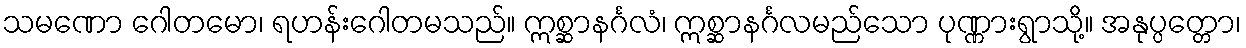
သမဏော ဂေါတမော၊ ရဟန်းဂေါတမသည်။ ဣစ္ဆာနင်္ဂလံ၊ ဣစ္ဆာနင်္ဂလမည်သော ပုဏ္ဏားရွာသို့။ အနုပ္ပတ္တော၊